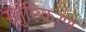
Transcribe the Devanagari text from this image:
संतुष्टिकरण